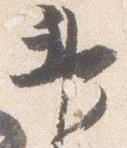
神